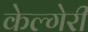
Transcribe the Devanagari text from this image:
केल्गेरी